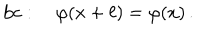
\mathrm { b c } : \quad \varphi ( x + \ell ) = \varphi ( x ) \, .